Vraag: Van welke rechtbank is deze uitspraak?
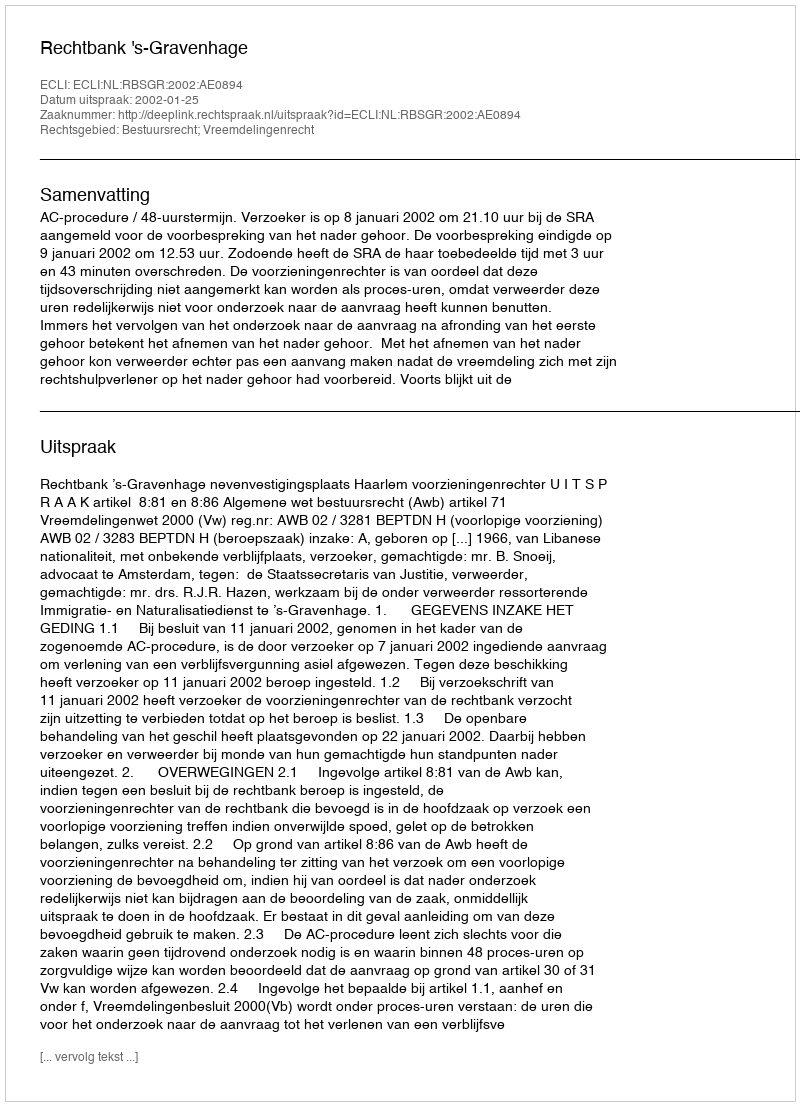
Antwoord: Rechtbank 's-Gravenhage